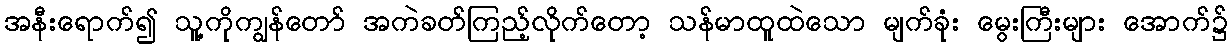
အနီးရောက်၍ သူ့ကိုကျွန်တော် အကဲခတ်ကြည့်လိုက်တော့ သန်မာထူထဲသော မျက်ခုံး မွေးကြီးများ အောက်၌